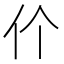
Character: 𬽨